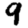
Digit: 9